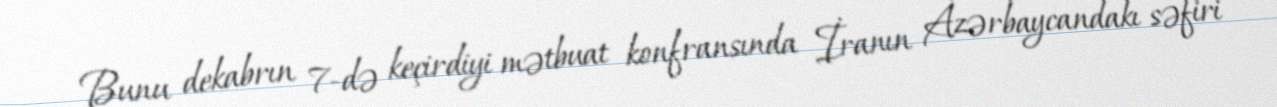
Bunu dekabrın 7-də keçirdiyi mətbuat konfransında İranın Azərbaycandakı səfiri